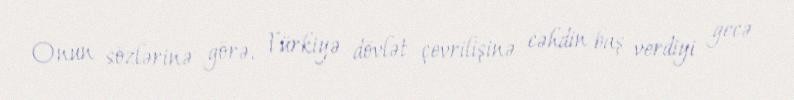
Onun sözlərinə görə, Türkiyə dövlət çevrilişinə cəhdin baş verdiyi gecə